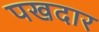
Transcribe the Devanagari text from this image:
पखदार